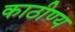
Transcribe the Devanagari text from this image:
काठीण्य